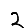
Digit: 2